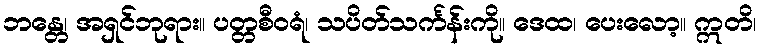
ဘန္တေ၊ အရှင်ဘုရား။ ပတ္တစီဝရံ၊ သပိတ်သင်္ကန်းကို။ ဒေထ၊ ပေးလော့။ ဣတိ၊